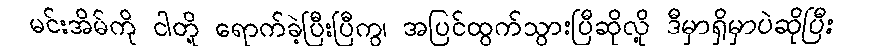
မင်းအိမ်ကို ငါတို့ ရောက်ခဲ့ပြီးပြီကွ၊ အပြင်ထွက်သွားပြီဆိုလို့ ဒီမှာရှိမှာပဲဆိုပြီး